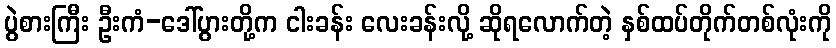
ပွဲစားကြီး ဦးကံ-ဒေါ်ပွားတို့က ငါးခန်း လေးခန်းလို့ ဆိုရလောက်တဲ့ နှစ်ထပ်တိုက်တစ်လုံးကို